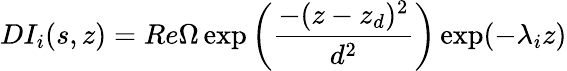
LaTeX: DI_{i}(s,z)=Re\Omega\exp\bigg(\displaystyle\frac{-(z-z_{d})^{2}}{d^{2}}\bigg)\exp(-\lambda_{i}z)